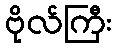
ဗိုလ်ကြီး